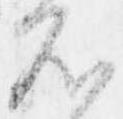
不